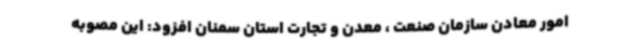
امور معادن سازمان صنعت ، معدن و تجارت استان سمنان افزود: این مصوبه